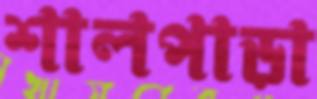
শালপাড়া